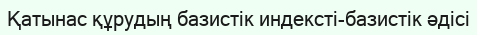
Қатынас құрудың базистік индексті-базистік әдісі